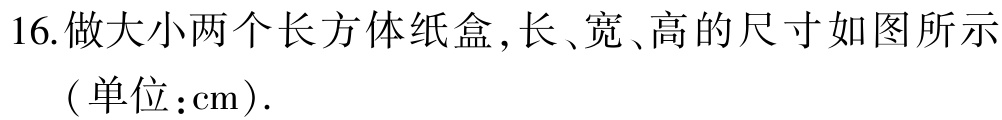
16. 做大小两个长方体纸盒,长、宽、高的尺寸如图所示（单位：cm）.